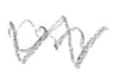
Text: on
Cross-out: zig-zag
Writing tool: pencil